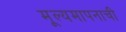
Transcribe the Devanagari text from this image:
मूल्यमापनाची